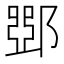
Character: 𨜹